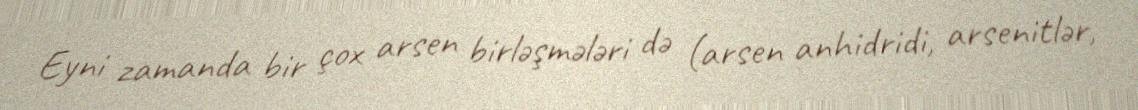
Eyni zamanda bir çox arsen birləşmələri də (arsen anhidridi, arsenitlər,